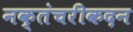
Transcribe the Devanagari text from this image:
नक्तंचरीकदन